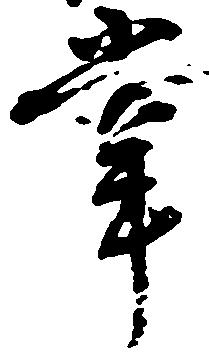
掌